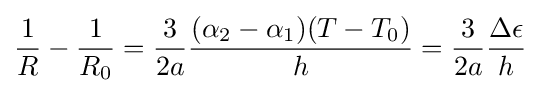
{\frac {1}{R}}-{\frac {1}{R_{0}}}={\frac {3}{2a}}{\frac {(\alpha _{2}-\alpha _{1})(T-T_{0})}{h}}={\frac {3}{2a}}{\frac {\Delta \epsilon }{h}}